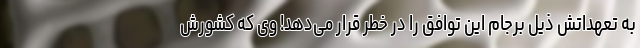
به تعهداتش ذیل برجام این توافق را در خطر قرار می‌دهد! وی که کشورش